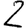
Digit: 2